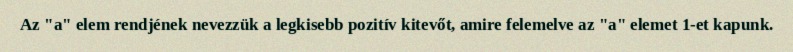
Az "a" elem rendjének nevezzük a legkisebb pozitív kitevőt, amire felemelve az "a" elemet 1-et kapunk.